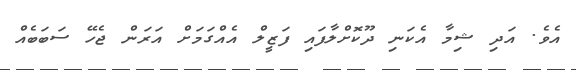
އެވެ. އަދި ޝިމާ އެކަނި ދޫކޮށްލާފައި ފަޒީލް އެއްގަމަށް އަރަން ޖެހޭ ސަބަބެއް